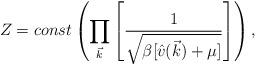
LaTeX: \begin{align*}Z = const \left(\prod_{\vec{k}} \left[\frac{1}{\sqrt{\beta[\hat{v}(\vec{k})+\mu]}}\right]\right),\end{align*}